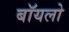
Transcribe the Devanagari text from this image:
बॉयलो